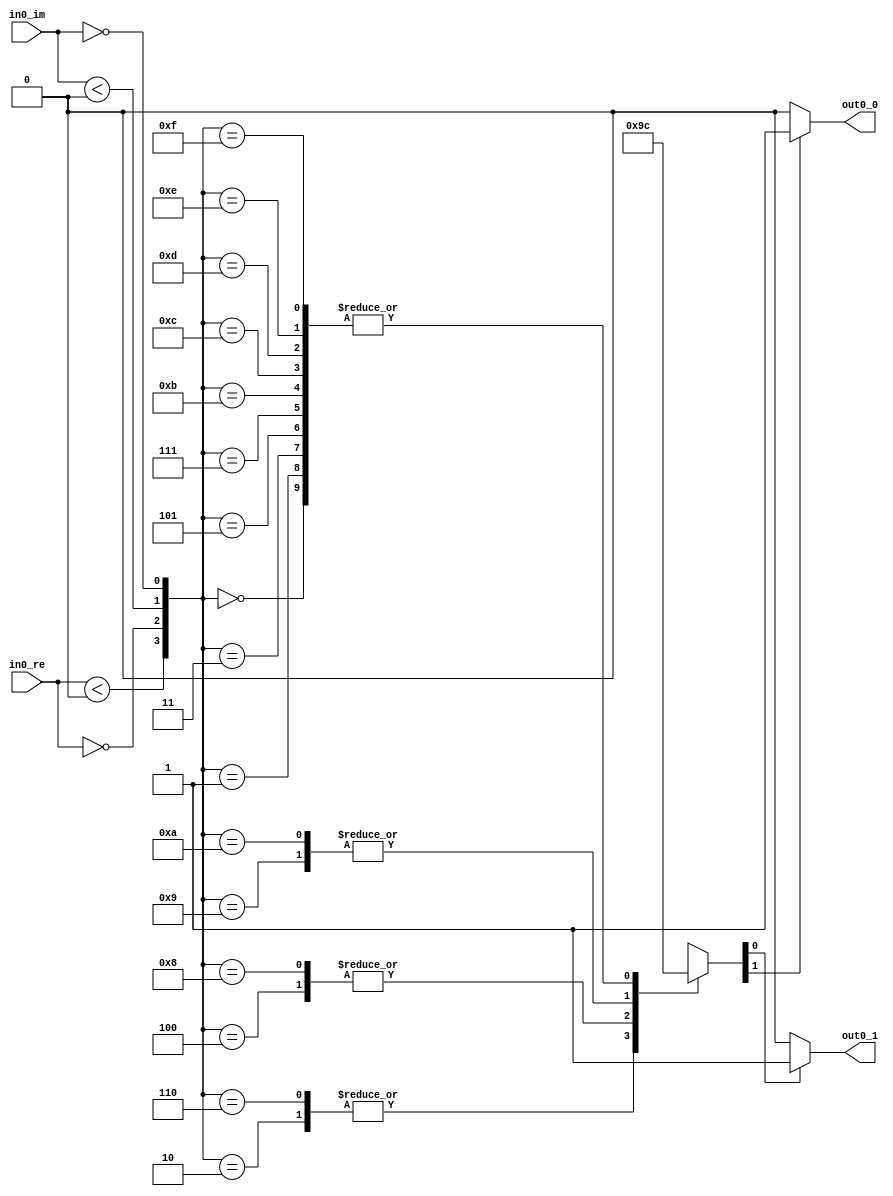
// -------------------------------------------------------------
// 
// 
// Generated by MATLAB 9.13 and HDL Coder 4.0
// 
// -------------------------------------------------------------


// -------------------------------------------------------------
// 
// Module: M_PSK_Demodulator_Baseband
// Source Path: gm_untitled/HDL_DUT/Subsystem/Subsystem/M-PSK Demodulator Baseband
// Hierarchy Level: 1
// 
// -------------------------------------------------------------

`timescale 1 ns / 1 ns

module M_PSK_Demodulator_Baseband
          (in0_re,
           in0_im,
           out0_0,
           out0_1);


  input   signed [6:0] in0_re;  // sfix7_En6
  input   signed [6:0] in0_im;  // sfix7_En6
  output  out0_0;  // boolean
  output  out0_1;  // boolean


  wire inphase_lt_zero;
  wire inphase_eq_zero;
  wire quadrature_lt_zero;
  wire quadrature_eq_zero;
  wire [3:0] decisionLUTaddr;  // ufix4
  wire [1:0] DirectLookupTable_1 [0:15];  // ufix2 [16]
  wire [1:0] hardDecision;  // ufix2
  wire out0_part0;
  wire out0_part1;
  wire [0:1] out0_vector;  // boolean [2]
  wire [0:1] out0;  // boolean [2]


  assign inphase_lt_zero = in0_re < 7'sb0000000;



  assign inphase_eq_zero = in0_re == 7'sb0000000;



  assign quadrature_lt_zero = in0_im < 7'sb0000000;



  assign quadrature_eq_zero = in0_im == 7'sb0000000;



  assign decisionLUTaddr = {inphase_lt_zero, inphase_eq_zero, quadrature_lt_zero, quadrature_eq_zero};



  assign DirectLookupTable_1[0] = 2'b00;
  assign DirectLookupTable_1[1] = 2'b00;
  assign DirectLookupTable_1[2] = 2'b10;
  assign DirectLookupTable_1[3] = 2'b00;
  assign DirectLookupTable_1[4] = 2'b01;
  assign DirectLookupTable_1[5] = 2'b00;
  assign DirectLookupTable_1[6] = 2'b10;
  assign DirectLookupTable_1[7] = 2'b00;
  assign DirectLookupTable_1[8] = 2'b01;
  assign DirectLookupTable_1[9] = 2'b11;
  assign DirectLookupTable_1[10] = 2'b11;
  assign DirectLookupTable_1[11] = 2'b00;
  assign DirectLookupTable_1[12] = 2'b00;
  assign DirectLookupTable_1[13] = 2'b00;
  assign DirectLookupTable_1[14] = 2'b00;
  assign DirectLookupTable_1[15] = 2'b00;
  assign hardDecision = DirectLookupTable_1[decisionLUTaddr];



  assign out0_part0 = hardDecision[1];



  assign out0_part1 = hardDecision[0];



  assign out0_vector[0] = out0_part0;
  assign out0_vector[1] = out0_part1;

  assign out0[0] = (out0_vector[0] != 1'b0 ? 1'b1 :
              1'b0);
  assign out0[1] = (out0_vector[1] != 1'b0 ? 1'b1 :
              1'b0);



  assign out0_0 = out0[0];

  assign out0_1 = out0[1];

endmodule  // M_PSK_Demodulator_Baseband


module overflow_detect(in, out);
	input [7:0] in;
	output [6:0] out;
	
	assign out = ((in[7]&&in[6]) || (~in[7]&&~in[6]))?in[6:0]:(in[7]?7'b1000000:7'b0111111);

endmodule